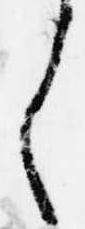
く